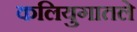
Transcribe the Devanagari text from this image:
कलियुगातले